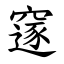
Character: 䆳